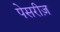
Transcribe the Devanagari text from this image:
पेसरीज़